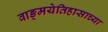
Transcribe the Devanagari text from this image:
वाङ्मयेतिहासाच्या